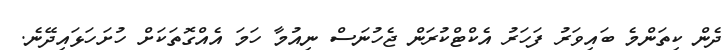
ދެން ކިތަންމެ ބައިވަރު ފަހަރު އެކްޓްކުރަން ޖެހުނަސް ނިއުމާ ހަމަ އެއްގޮތަކަށް ހުށަހަޅައިދޭނެ.